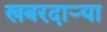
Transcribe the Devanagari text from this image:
खबरदार्‍या